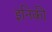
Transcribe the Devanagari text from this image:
इनिकी